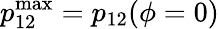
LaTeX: p_{12}^{\mathrm{max}}=p_{12}(\phi=0)